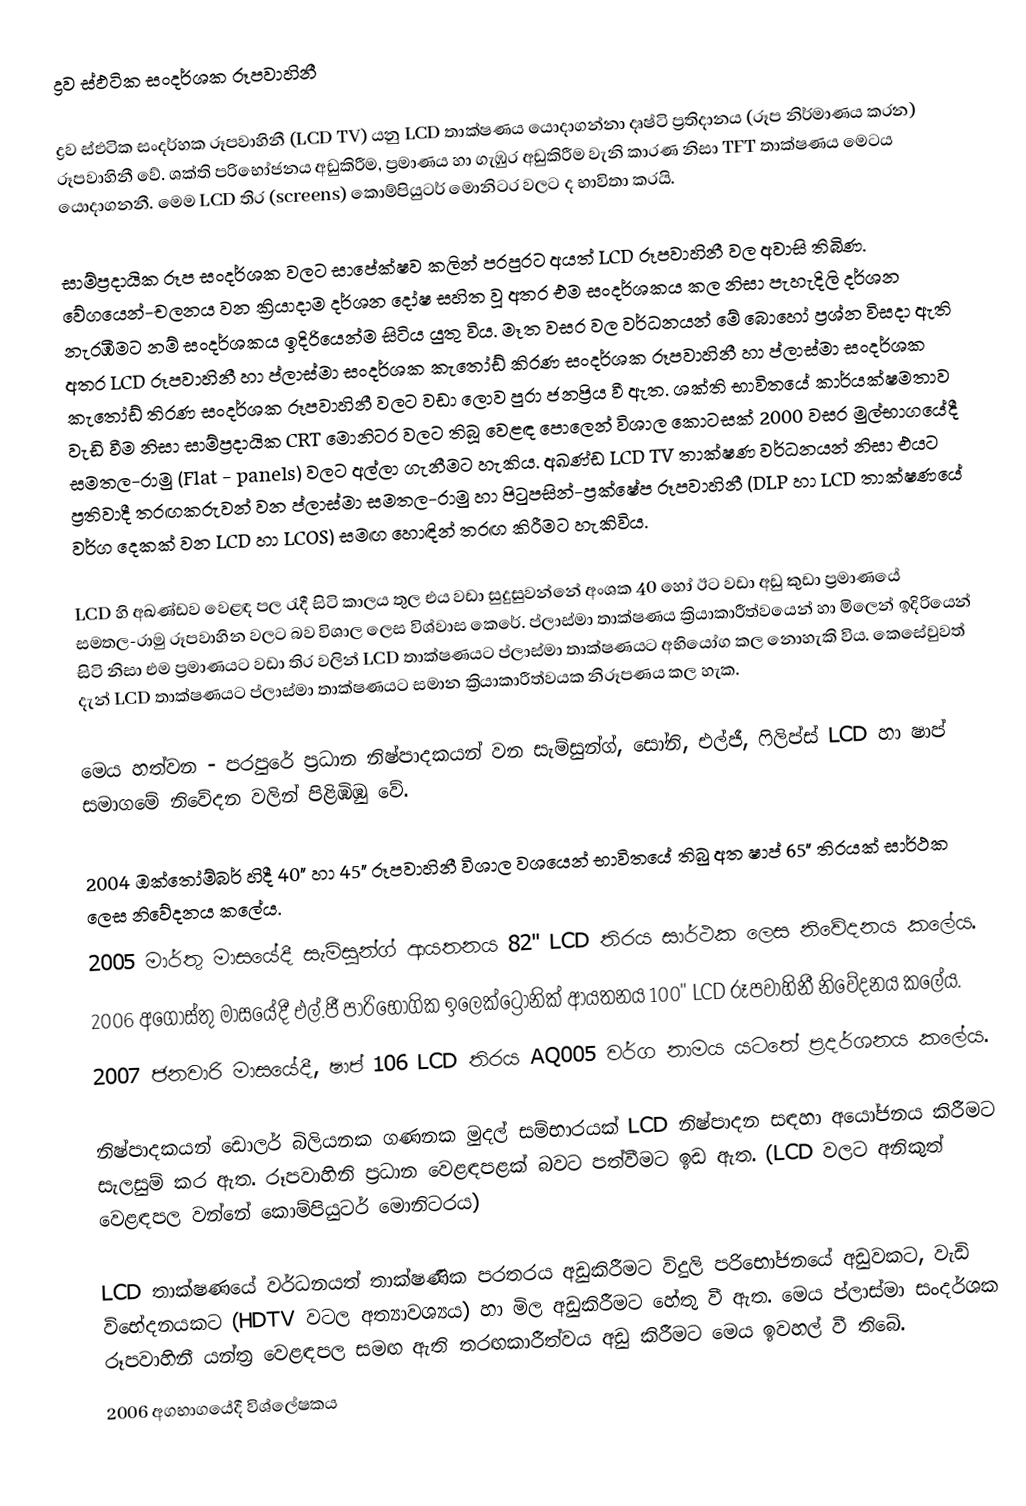
ද්‍රව ස්ඵටික සංදර්ශක රූපවාහිනී

ද්‍රව ස්ඵටික සංදර්හක රූපවාහිනී (LCD TV) යනු LCD තාක්ෂණය යොදාගන්නා දෘෂ්ටි ප්‍රතිදානය (රූප නිර්මාණය කරන) රූපවාහිනී වේ. ශක්ති පරිභෝජනය අඩුකිරීම, ප්‍රමාණය හා ගැඹුර අඩුකිරීම වැනි කාරණ නිසා TFT තාක්ෂණය මෙටය යොදාගනනී. මෙම LCD තිර (screens) කොම්පියුටර් මොනිටර වලට ද ‍භාවිතා කරයි.

සාම්ප්‍රදායික රූප සංදර්ශක වලට සාපේක්ෂව කලින් පරපුරට අයත් LCD රූපවාහිනී වල අවාසි තිබිණ. වේගයෙන්-චලනය වන ක්‍රියාදාම දර්ශන දෝෂ සහිත වූ අතර එම සංදර්ශකය කල නිසා පැහැදිලි දර්ශන නැරඹීමට නම් සංදර්ශකය ඉදිරියෙන්ම සිටිය යුතු විය. මෑත වසර වල වර්ධනයන් මේ බොහෝ ප්‍රශ්න විසදා ඇති අතර LCD රූපවාහිනී හා ප්ලාස්මා සංදර්ශක කැතෝඩ් කිරණ සංදර්ශක රූපවාහිනී හා ප්ලාස්මා සංදර්ශක කැතෝඩ් තිරණ සංදර්ශක රූපවාහිනී වලට වඩා ‍ලොව පුරා ජනප්‍රිය වී ඇත. ශක්ති භාවිතයේ කාර්යක්ෂමතාව වැඩි වීම නිසා සාම්ප්‍රදායික CRT මොනිටර වලට තිබූ වෙළඳ පොලෙන් විශාල කොටසක් 2000 වසර මුල්භාගයේදී සමතල-රාමු (Flat - panels) වලට අල්ලා ගැනීමට හැකිය. අඛණ්ඩ LCD TV තාක්ෂණ වර්ධනයන් නිසා එයට ප්‍රතිවාදී තරඟකරුවන් වන ප්ලාස්මා සමතල-රාමු හා පිටුපසින්-ප්‍රක්ෂේප රූපවාහිනී (DLP හා LCD තාක්ෂණයේ වර්ග දෙකක් වන LCD හා LCOS) සමඟ හොඳින් තරඟ කිරීමට හැකිවිය.

LCD හි අඛණ්ඩව වෙළඳ පල රැදී සිටි කාලය තුල එය වඩා සුදුසුවන්නේ අංශක 40 හෝ ඊට වඩා අඩු කුඩා ප්‍රමාණයේ සමතල-රාමු රූපවාහින වලට බව විශාල ලෙස විශ්වාස කෙරේ. ප්ලාස්මා තාක්ෂණය ක්‍රියාකාරීත්වයෙන් හා මිලෙන් ඉදිරියෙන් සිටි නිසා එම ප්‍රමාණයට වඩා තිර වලින් LCD තාක්ෂණයට ප්ලාස්මා තාක්ෂණයට අභියෝග කල නොහැකි  විය. කෙසේවුවත් දැන් LCD තාක්ෂණයට ප්ලාස්මා තාක්ෂණයට සමාන ක්‍රියාකාරීත්වයක නිරූපණය කල හැක.

මෙය හත්වන - පරපුරේ ප්‍රධාන නිෂ්පාදකයන් වන සැම්සුන්ග්, සෝනි, එල්ජී, ෆිලිප්ස් LCD හා ෂාප් සමාගමේ නිවේදන වලින් පිළිඹිඹු වේ.

2004 ඔක්තෝම්බර් හිදී 40" හා 45" රූපවාහිනී විශාල වශයෙන් භාවිතයේ තිබු අත ෂාප් 65" තිරයක් සාර්ථක ලෙස නිවේදනය කලේය.
2005 මාර්තු මාසයේදී සැම්සුන්ග් ආයතනය 82" LCD තිරය සාර්ථක ලෙස නිවේදනය කලේය.
2006 අගෝස්තු මාසයේදී එල්.ජී පාරිභෝගික ඉලෙක්ට්‍රොනික් ආයතනය 100" LCD රූපවාහිනී නිවේදනය කලේය.
2007 ජනවාරි මාසයේදී, ෂාප් 106 LCD තිරය AQ005 වර්ග නාමය යටතේ ප්‍රදර්ශනය කලේය.

නිෂ්පාදකයන් ඩොලර් බිලියනක ගණනක මුදල් සම්භාරයක් LCD නිෂ්පාදන සඳහා අයෝජනය කිරීමට සැලසුම් කර ඇත. රූපවාහිනි ප්‍රධාන වෙළඳපළක් බවට පත්වීමට ඉඩ ඇත. (LCD වලට අනිකුත් වෙළඳපල වන්නේ කොම්පියුටර් මොනිටරය)

LCD තාක්ෂණයේ වර්ධනයත් තාක්ෂණික පරතරය අඩුකිරීමට විදුලි පරිභෝජනයේ අඩුවකට, වැඩි විභේදනයකට (HDTV වටල අත්‍යාවශ්‍යය) හා මිල අඩුකිරීමට හේතු වී ඇත. මෙය ප්ලාස්මා සංදර්ශක රූපවාහිනී යන්ත්‍ර වෙළඳපල සමඟ ඇති තරඟකාරීත්වය අඩු කිරීමට මෙය ඉවහල් ‍වී තිබේ.
2006 අගභාගයේදී වි‍ශ්ලේෂකය